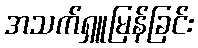
အသက်ရှူမြန်ခြင်း